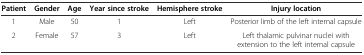
<table><thead><tr><td><b>Patient</b></td><td><b>Gender</b></td><td><b>Age</b></td><td><b>Year since stroke</b></td><td><b>Hemisphere stroke</b></td><td><b>Injury location</b></td></tr></thead><tbody><tr><td>1</td><td>Male</td><td>50</td><td>1</td><td>Left</td><td>Posterior limb of the left internal capsule</td></tr><tr><td>2</td><td>Female</td><td>57</td><td>3</td><td>Left</td><td>Left thalamic pulvinar nuclei with extension to the left internal capsule</td></tr></tbody></table>